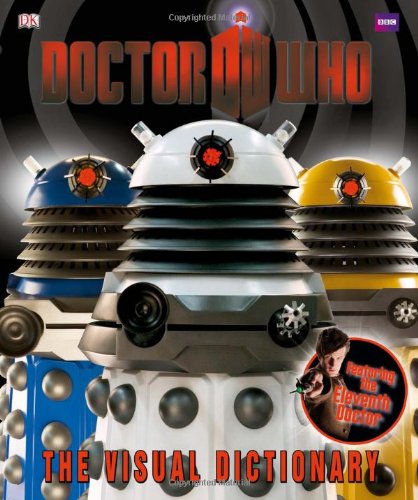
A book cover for Doctor Who The Visual Dictionary; Jason Loborik; Humor & Entertainment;